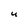
Character: u